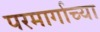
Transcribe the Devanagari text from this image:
परमार्गाच्या